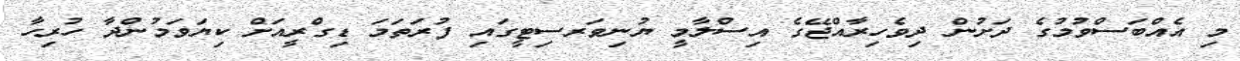
މި އެއްބަސްވުމުގެ ދަށުން ދިވެހިރާއްޖޭގެ އިސްލާމީ ޔުނިވަރސިޓީގައި ފުރަތަމަ ޑިގްރީއަށް ކިޔަވަމުންދާ ހުރިހާ